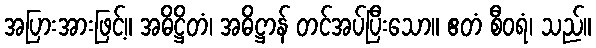
အပြားအားဖြင့်။ အဓိဋ္ဌိတံ၊ အဓိဋ္ဌာန် တင်အပ်ပြီးသော။ ဧတံ စီဝရံ၊ သည်။